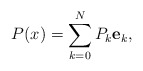
\begin{align*} P(x) = \sum_{k=0}^N P_k\mathbf{e}_k,\end{align*}